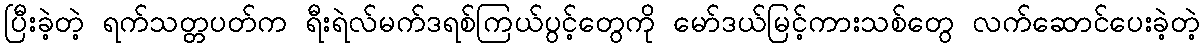
ပြီးခဲ့တဲ့ ရက်သတ္တပတ်က ရီးရဲလ်မက်ဒရစ်ကြယ်ပွင့်တွေကို မော်ဒယ်မြင့်ကားသစ်တွေ လက်ဆောင်ပေးခဲ့တဲ့